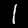
Digit: 1